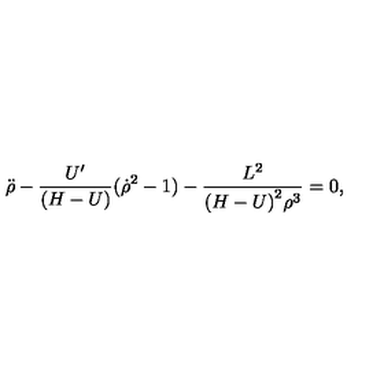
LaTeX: { \ddot { \rho } } - { \frac { U ^ { \prime } } { ( H - U ) } } ( { \dot { \rho } } ^ { 2 } - 1 ) - { \frac { L ^ { 2 } } { { ( H - U ) } ^ { 2 } \rho ^ { 3 } } } = 0 ,